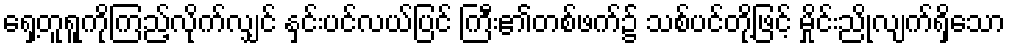
ရှေ့တူရူကိုကြည့်လိုက်လျှင် နှင်းပင်လယ်ပြင် ကြီး၏တစ်ဖက်၌ သစ်ပင်တို့ဖြင့် မှိုင်းညိုလျက်ရှိသော